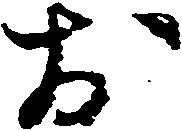
お